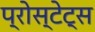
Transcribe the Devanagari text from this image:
प्रोस्टेट्स